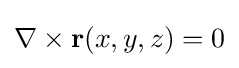
\nabla \times \mathbf {r} (x,y,z)=0